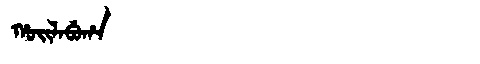
Manchu: ᡥᠣᡳᠯᠠᠪᡠᡥᠠ
Romanization: HOILABUHA